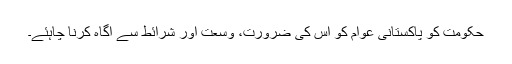
حکومت کو پاکستانی عوام کو اس کی ضرورت، وسعت اور شرائط سے آگاہ کرنا چاہئے۔